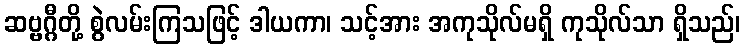
ဆဗ္ဗဂ္ဂီတို့ စွဲလမ်းကြသဖြင့် ဒါယကာ၊ သင့်အား အကုသိုလ်မရှိ ကုသိုလ်သာ ရှိသည်၊